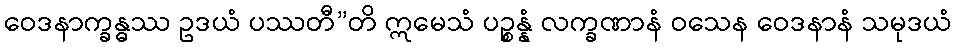
ဝေဒနာက္ခန္ဓဿ ဥဒယံ ပဿတီ”တိ ဣမေသံ ပဉ္စန္နံ လက္ခဏာနံ ဝသေန ဝေဒနာနံ သမုဒယံ